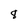
Character: 8